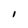
Character: I